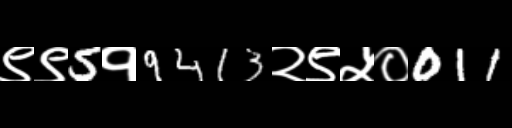
Text: ९९5१9413२९५०011